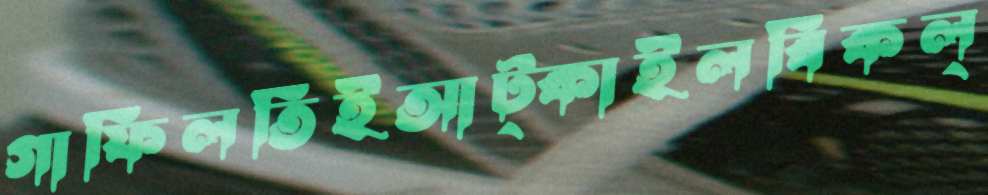
গাফিলতিইআট্‌কাইলবিকল্